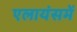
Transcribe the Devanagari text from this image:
एलायंसमें